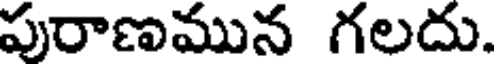
పురాణమున గలదు.